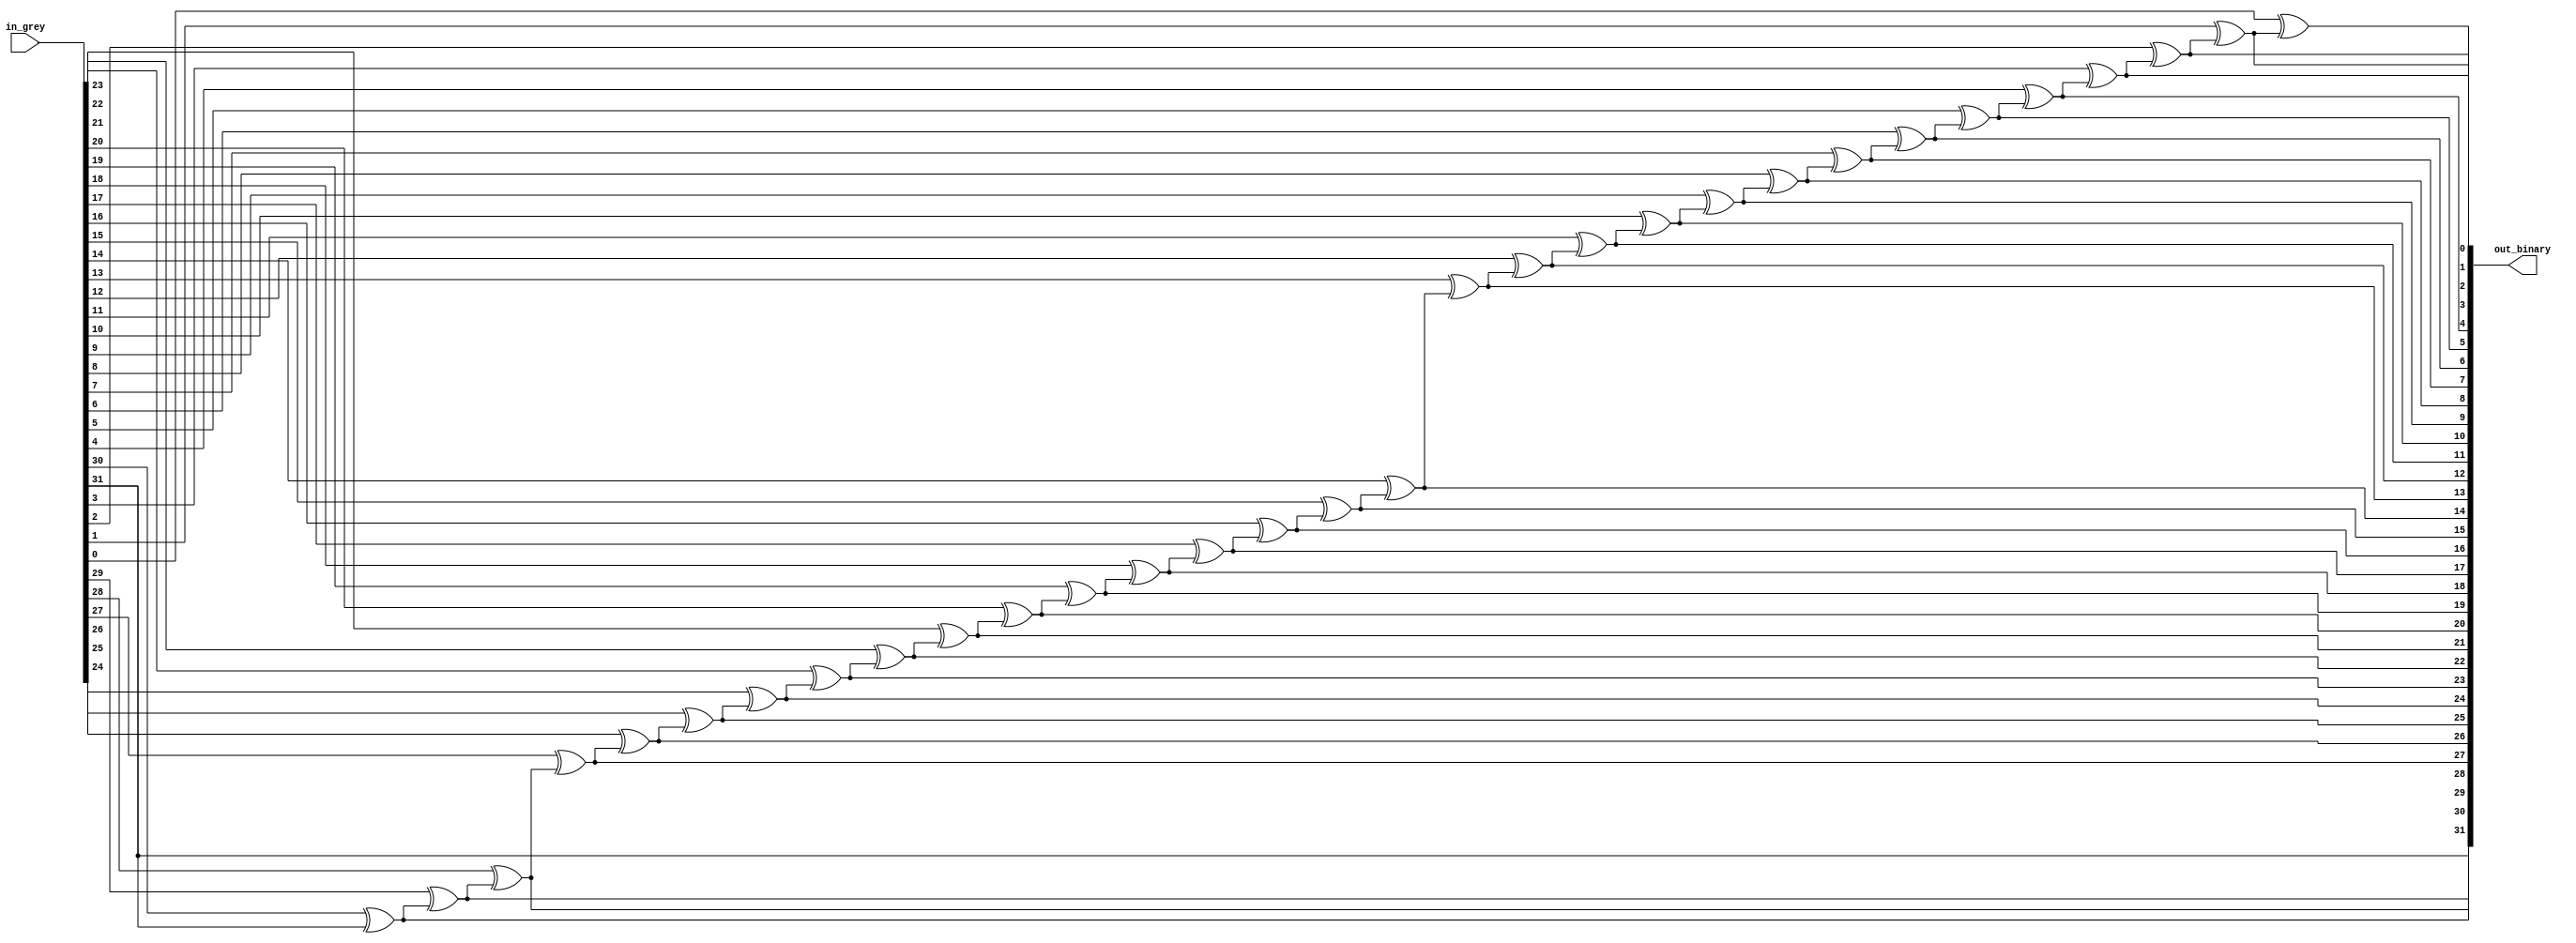
`timescale 1ns / 1ps

module grey_to_binary #(
    parameter WIDTH = 32
) (
    input [WIDTH-1:0] in_grey,
    output reg [WIDTH-1:0] out_binary
);

    integer i;

    always @(in_grey) begin
        // MSB passes straight through
        out_binary[WIDTH-1] = in_grey[WIDTH-1];

        // MSB-1 down to LSB is formed via XOR of current bit and next (more significant) output bit
        // Note this creates a long XOR chain such that the LSB is dependant on every bit
        for (i = WIDTH-2; i >= 0; i = i - 1) begin
            out_binary[i] = in_grey[i] ^ out_binary[i+1];
        end
    end
endmodule